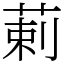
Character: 䓶